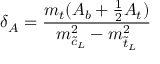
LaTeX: \delta _ { A } = \frac { m _ { t } ( A _ { b } + \frac 1 2 A _ { t } ) } { m _ { \tilde { c } _ { L } } ^ { 2 } - m _ { \tilde { t } _ { L } } ^ { 2 } }